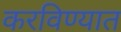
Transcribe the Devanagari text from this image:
करविण्यात